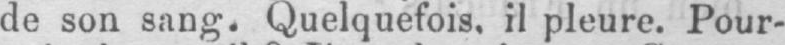
il pleure. Pour-